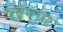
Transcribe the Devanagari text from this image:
चंद्रपान